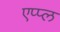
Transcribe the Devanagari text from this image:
एप्‍प्‍ल